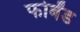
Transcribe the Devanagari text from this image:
फोर्बंड